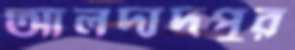
আলদাদপুর